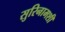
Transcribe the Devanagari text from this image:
सुरिनामशी